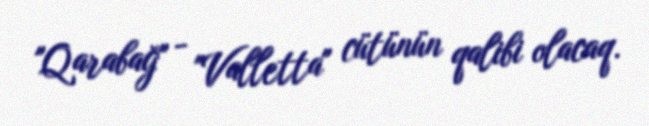
"Qarabağ" - "Valletta" cütünün qalibi olacaq.